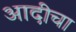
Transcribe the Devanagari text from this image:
आदीचा